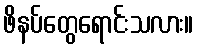
ဖိနပ်တွေရောင်းသလား။